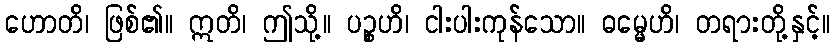
ဟောတိ၊ ဖြစ်၏။ ဣတိ၊ ဤသို့။ ပဉ္စဟိ၊ ငါးပါးကုန်သော။ ဓမ္မေဟိ၊ တရားတို့နှင့်။